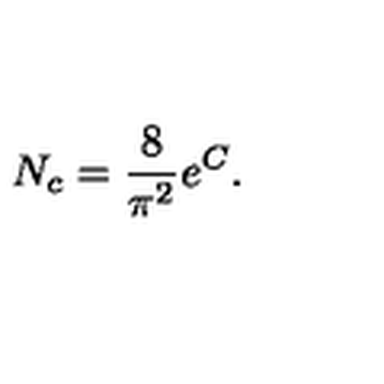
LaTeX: N _ { c } = \frac { 8 } { \pi ^ { 2 } } e ^ { C } .